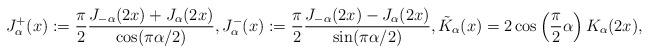
LaTeX: \begin{align*}J_{\alpha}^+(x) := \frac{\pi}{2} \frac{J_{-\alpha}(2x) + J_{\alpha}(2x)}{\cos(\pi \alpha/2)}, J_{\alpha}^-(x) := \frac{\pi}{2} \frac{J_{-\alpha}(2x) - J_{\alpha}(2x)}{\sin(\pi \alpha/2)}, \tilde{K}_{\alpha}(x) = 2\cos\left(\frac{\pi}{2} \alpha\right) K_{\alpha}(2x),\end{align*}